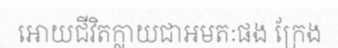
អោយជីវិតក្លាយជាអមតៈផង ក្រែង